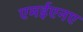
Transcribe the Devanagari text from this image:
एमईएनए